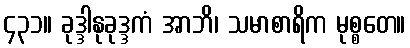
၄၃၁။ ခုဒ္ဒါနုခုဒ္ဒကံ အာဘိ၊ သမာစာရိက မုစ္စတေ။